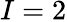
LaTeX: I=2